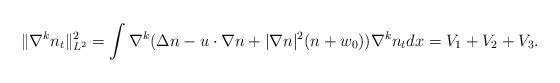
LaTeX: \begin{align*}\|\nabla^k n_t\|_{L^2}^2=\int \nabla^k(\Delta n-u \cdot \nabla n+|\nabla n|^2(n+w_0))\nabla^k n_tdx=V_1+V_2+V_3.\end{align*}